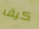
كيف